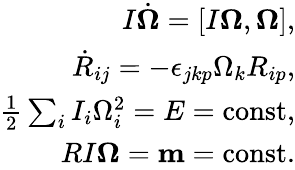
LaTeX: \begin{array}{r}{I\dot{\boldsymbol\Omega}=[I{\boldsymbol\Omega},{\boldsymbol\Omega}],}\\ {\dot{R}_{ij}=-\epsilon_{jkp}\Omega_{k}R_{ip},}\\ {\frac 12\sum_{i}I_{i}\Omega_{i}^{2}=E=\mathrm{const},}\\ {RI{\boldsymbol\Omega}={\mathbf m}=\mathrm{const}.}\end{array}